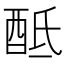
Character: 𨠏